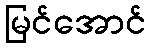
မြင်အောင်